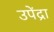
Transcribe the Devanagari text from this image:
उपेंद्रा